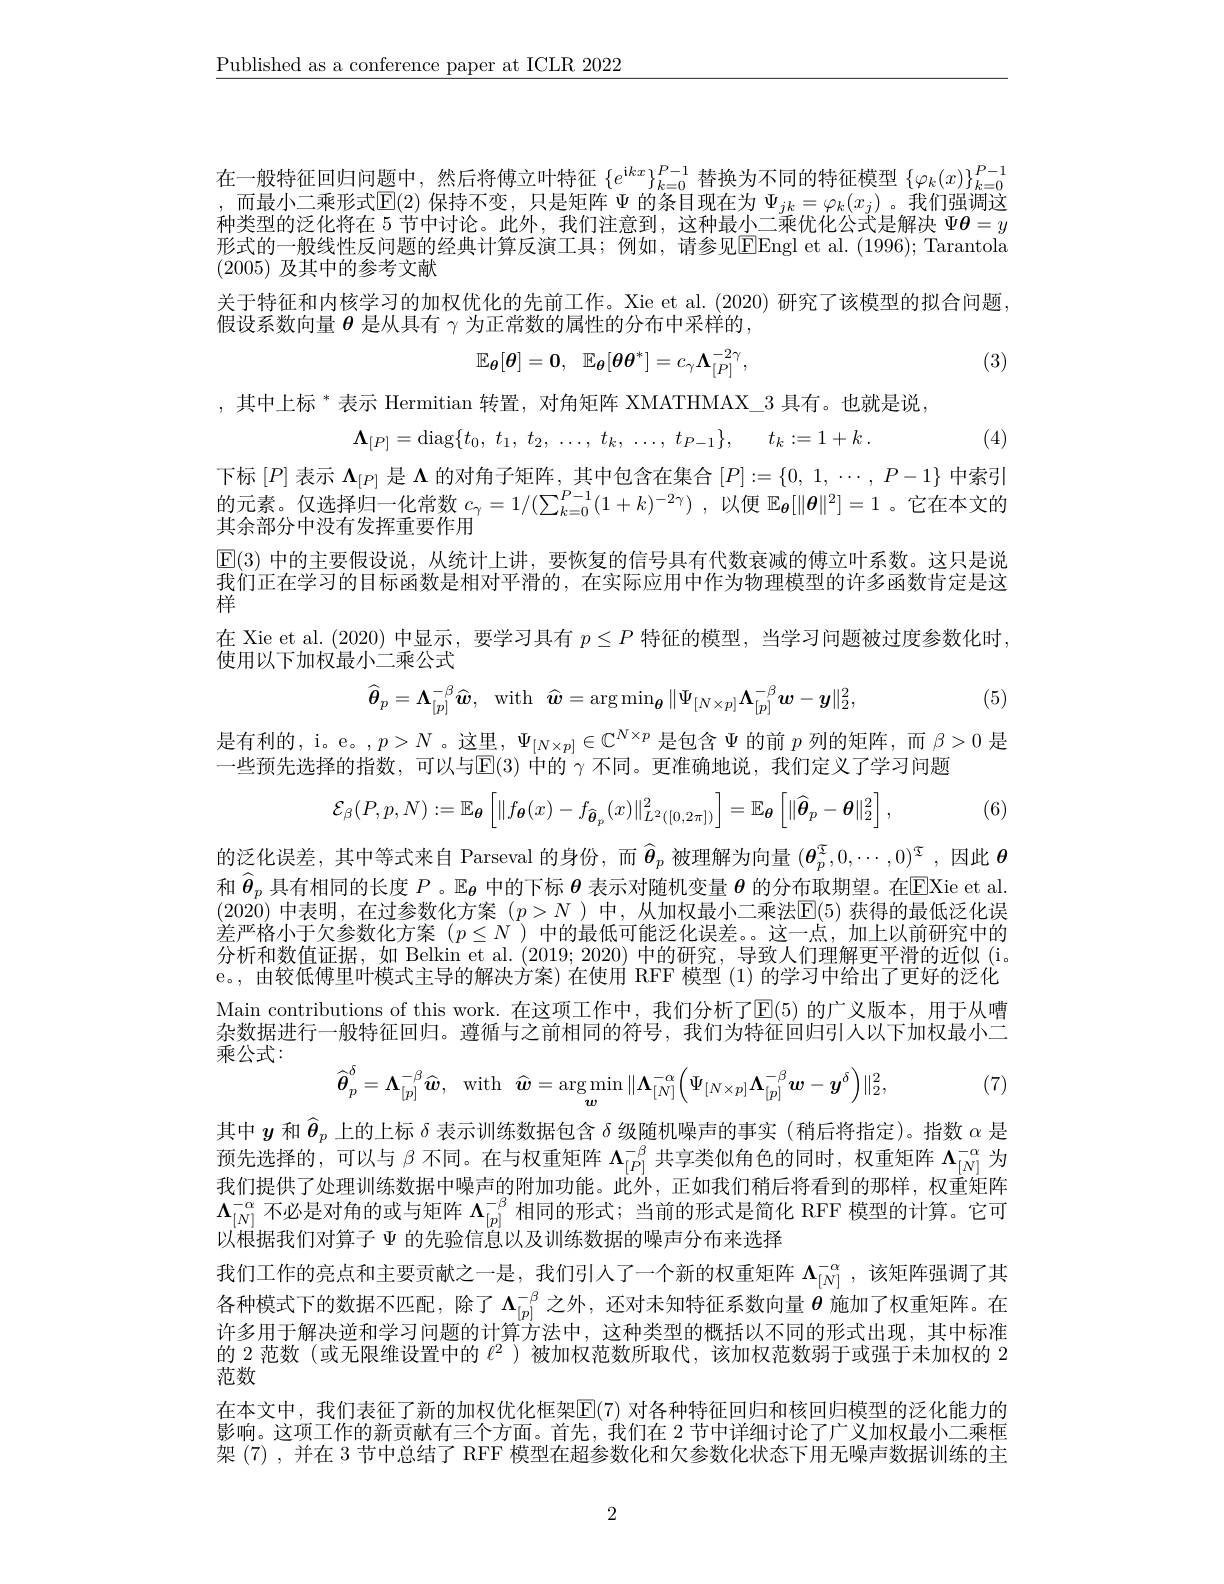
$\underline{\text{Published as a conference paper at ICLR 2022}}$

在一般特征回归问题中，然后将傅立叶特征$\{e^{\mathrm{i}kx}\}_{k=0}^{P-1}$替换为不同的特征模型$\{\varphi_k(x)\}_{k=0}^{P-1}$ ,而最小二乘形式$\mathbb{E}(2)$ 保持不变，只是矩阵$\Psi$的条目现在为$\Psi_jk=\varphi_k(x_j)$。我们强调这种类型的泛化将在 5 节中讨论。此外，我们注意到，这种最小二乘优化公式是解决$\Psi\boldsymbol{\theta}=y$ 形式的一般线性反问题的经典计算反演工具；例如，请参见EEngl et al.(1996);Tarantola (2005)及其中的参考文献
关于特征和内核学习的加权优化的先前工作。Xie et al.(2020)研究了该模型的拟合问题，
假设系数向量$\boldsymbol{\theta}$是从具有$\gamma$为正常数的属性的分布中采样的，
$$\mathbb{E}_{\boldsymbol{\theta}}[\boldsymbol{\theta}]=\boldsymbol{0},\:\mathbb{E}_{\boldsymbol{\theta}}[\boldsymbol{\theta}\boldsymbol{\theta}^{*}]=c_{\gamma}\boldsymbol{\Lambda}_{[P]}^{-2\gamma},$$
(3)

,其中上标 $^*$表示 Hermitian 转置，对角矩阵 XMATHMAX\_3 具有。也就是说，
$$\boldsymbol{\Lambda}_{[P]}=\mathrm{diag}\{t_{0},\:t_{1},\:t_{2},\:\ldots,\:t_{k},\:\ldots,\:t_{P-1}\},\quad t_{k}:=1+k\:.$$
(4)

下标$[P]$表示$\Lambda_{[P]}$是$\Lambda$的对角子矩阵，其中包含在集合$[ P] : = \{ 0$, 1, $\cdots $, $P- 1\}$中索引的元素。仅选择归一化常数$c_\gamma=1/(\sum_{k=0}^{P-1}(1+k)^{-2\gamma})$ ,以便$\mathbb{E}_{\boldsymbol{\theta}}[\|\boldsymbol{\theta}\|^2]=1$ 。它在本文的其余部分中没有发挥重要作用
$\mathbb{E}(3)$中的主要假设说，从统计上讲，要恢复的信号具有代数衰减的傅立叶系数。这只是说我们正在学习的目标函数是相对平滑的，在实际应用中作为物理模型的许多函数肯定是这祥
在 Xie et al. (2020)中显示，要学习具有$p\leq P$特征的模型，当学习问题被过度参数化时，
使用以下加权最小二乘公式

(5)
$$\widehat{\boldsymbol{\theta}}_{p}=\boldsymbol{\Lambda}_{[p]}^{-\beta}\widehat{\boldsymbol{w}},\quad\mathrm{with}\quad\widehat{\boldsymbol{w}}=\arg\min_{\boldsymbol{\theta}}\|\Psi_{[N\times p]}\boldsymbol{\Lambda}_{[p]}^{-\beta}\boldsymbol{w}-\boldsymbol{y}\|_{2}^{2},$$
是有利的，i。e。$,p>N$。这里，$\Psi_[N\times p]\in\mathbb{C}^{N\times p}$是包含$\Psi$的前$p$列的矩阵，而$\beta>0$是

一些预先选择的指数，可以与$\mathbb{E}(3)$中的$\gamma$不同。更准确地说，我们定义了学习问题
$$\mathcal{E}_{\beta}(P,p,N):=\mathbb{E}_{\boldsymbol{\theta}}\left[\|f_{\boldsymbol{\theta}}(x)-f_{\widehat{\boldsymbol{\theta}}_{p}}(x)\|_{L^{2}([0,2\pi])}^{2}\right]=\mathbb{E}_{\boldsymbol{\theta}}\left[\|\widehat{\boldsymbol{\theta}}_{p}-\boldsymbol{\theta}\|_{2}^{2}\right],$$
(6)

的泛化误差，其中等式来自 Parseval 的身份，而$\widehat{\boldsymbol{\theta}}_p$被理解为向量$(\boldsymbol{\theta}_p^{\mathfrak{T}},0,\cdots,0)^{\mathfrak{T}}$,因此$\boldsymbol{\theta}$ 和$\hat{\boldsymbol{\theta}}_p$具有相同的长度$P$ 。$\mathbb{E}_{\boldsymbol{\theta}}$中的下标$\boldsymbol{\theta}$表示对随机变量$\boldsymbol{\theta}$的分布取期望。在$\underline{\mathrm{E}}$Xie et al. (2020)中表明，在过参数化方案$(p>N)$中，从加权最小二乘法$\mathbb{E}(5)$获得的最低泛化误差严格小于欠参数化方案( $p\leq N$ )中的最低可能泛化误差。。这一点，加上以前研究中的分析和数值证据，如 Belkin et al. (2019;2020)中的研究，导致人们理解更平滑的近似 (i。e。, 由较低傅里叶模式主导的解决方案) 在使用 RFF 模型 (1) 的学习中给出了更好的泛化Main contributions of this work. 在这项工作中，我们分析了E(5) 的广义版本，用于从嘈杂数据进行一般特征回归。遵循与之前相同的符号，我们为特征回归引人以下加权最小二乘公式：
$$\widehat{\boldsymbol{\theta}}_{p}^{\delta}=\boldsymbol{\Lambda}_{[p]}^{-\beta}\widehat{\boldsymbol{w}},\quad\mathrm{with}\quad\widehat{\boldsymbol{w}}=\arg\min_{\boldsymbol{w}}\|\boldsymbol{\Lambda}_{[N]}^{-\alpha}\Big(\Psi_{[N\times p]}\boldsymbol{\Lambda}_{[p]}^{-\beta}\boldsymbol{w}-\boldsymbol{y}^{\delta}\Big)\|_{2}^{2},$$
(7)

其中$y$和$\hat{\theta}_p$上的上标$\delta$表示训练数据包含$\delta$级随机噪声的事实 (稍后将指定)。指数$\alpha$是预先选择的，可以与$\beta$不同。在与权重矩阵$\Lambda_[P]^{-\beta}$共享类似角色的同时，权重矩阵$\Lambda_[N]^{-\alpha}$为我们提供了处理训练数据中噪声的附加功能。此外，正如我们稍后将看到的那样，权重矩阵$\Lambda_{[N]}^{-\alpha}$不必是对角的或与矩阵$\Lambda_[p]^{-\beta}$相同的形式；当前的形式是简化 RFF 模型的计算。它可以根据我们对算子$\Psi$的先验信息以及训练数据的噪声分布来选择
我们工作的亮点和主要贡献之一是，我们引人了一个新的权重矩阵$\Lambda_{[N]}^{-\alpha}$ ,该矩阵强调了其各种模式下的数据不匹配，除了$\Lambda_{[p]}^{-\beta}$之外，还对未知特征系数向量$\theta$施加了权重矩阵。在许多用于解决逆和学习问题的计算方法中，这种类型的概括以不同的形式出现，其中标准的 2 范数 (或无限维设置中的$\ell^2$ )被加权范数所取代，该加权范数弱于或强于未加权的 2范数
在本文中，我们表征了新的加权优化框架$\mathbb{E}(7)$ 对各种特征回归和核回归模型的泛化能力的影响。这项工作的新贡献有三个方面。首先，我们在2节中详细讨论了广义加权最小二乘框架 (7) , 并在 3 节中总结了 RFF 模型在超参数化和欠参数化状态下用无噪声数据训练的主

2